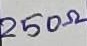
Text: 250Ω